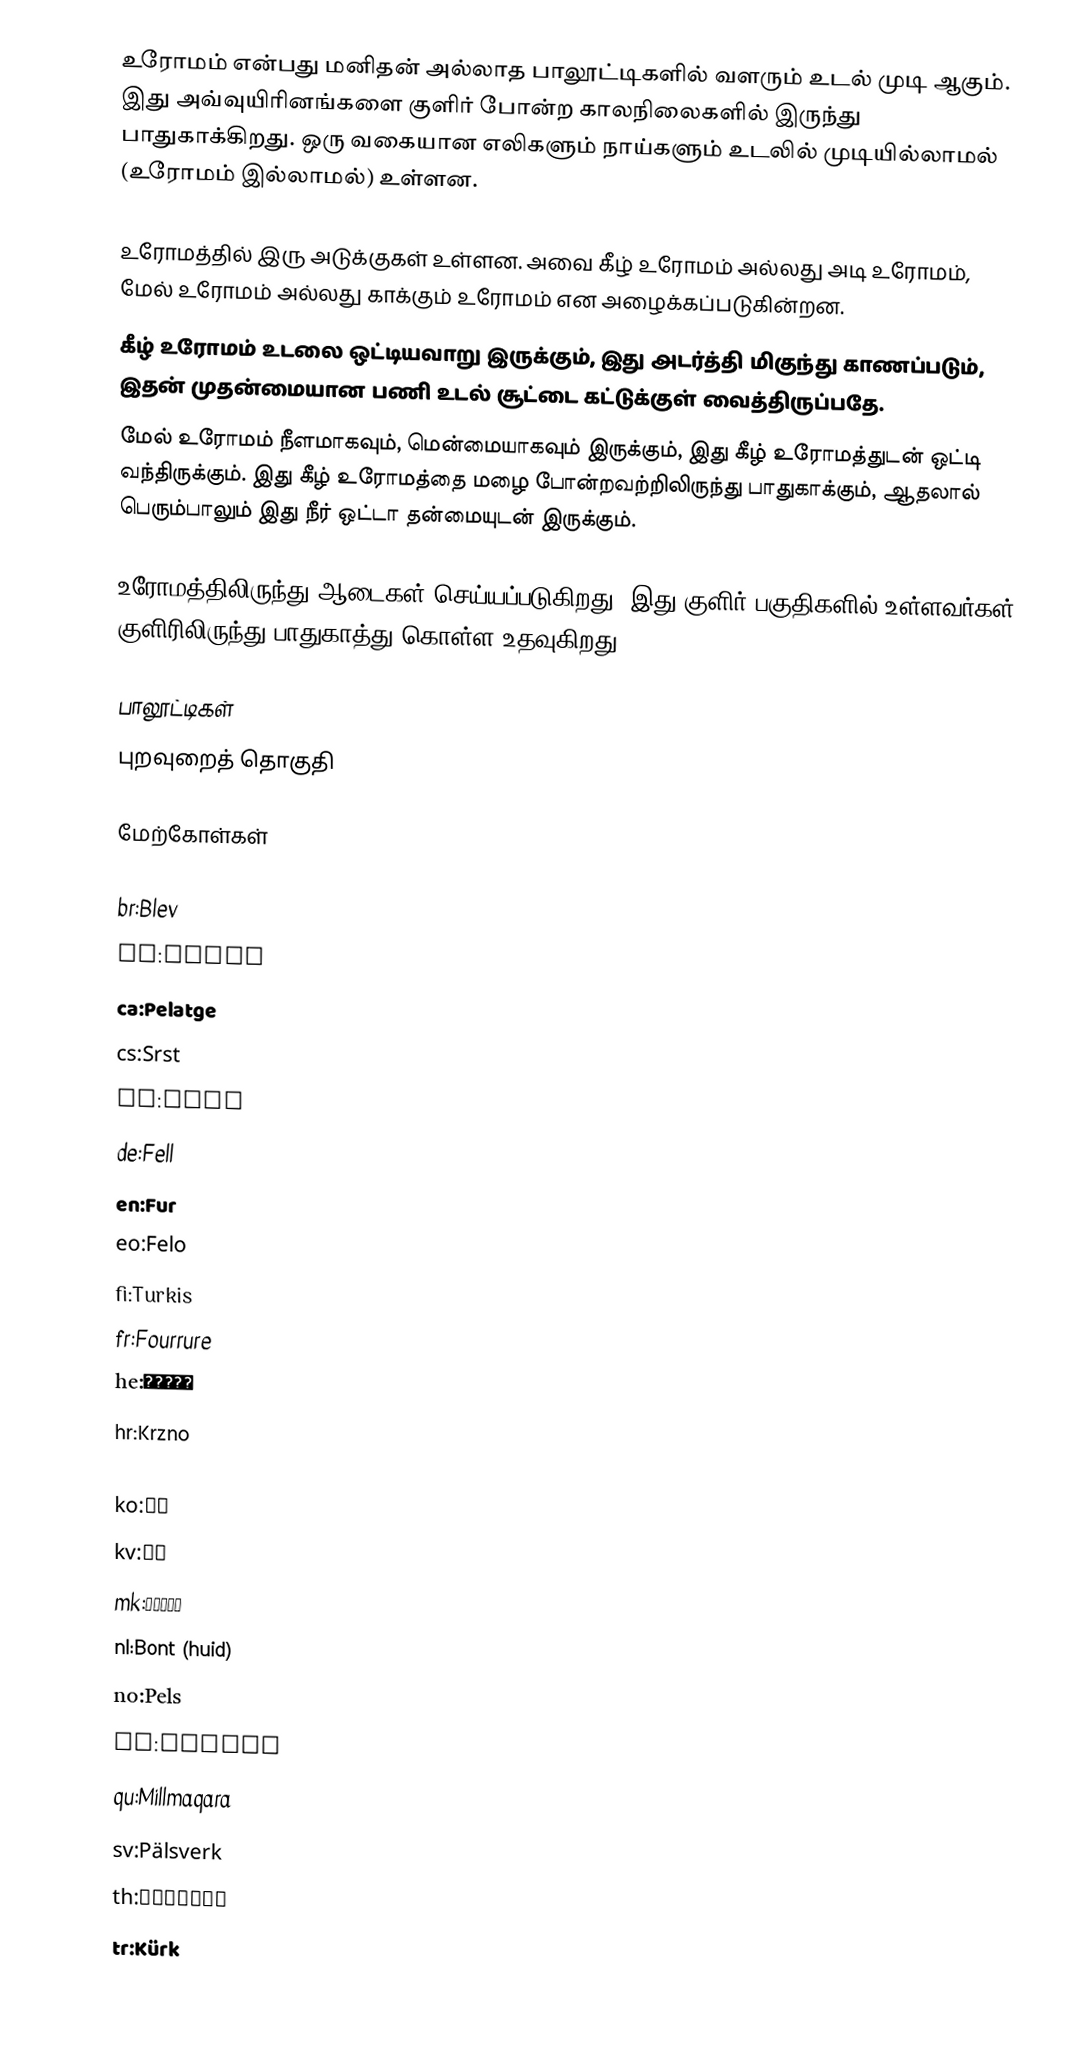
உரோமம் என்பது மனிதன் அல்லாத பாலூட்டிகளில் வளரும் உடல் முடி ஆகும். இது அவ்வுயிரினங்களை குளிர் போன்ற காலநிலைகளில் இருந்து பாதுகாக்கிறது. ஒரு வகையான எலிகளும் நாய்களும் உடலில் முடியில்லாமல் (உரோமம் இல்லாமல்) உள்ளன.

உரோமத்தில் இரு அடுக்குகள் உள்ளன. அவை கீழ் உரோமம் அல்லது அடி உரோமம், மேல் உரோமம் அல்லது காக்கும் உரோமம் என அழைக்கப்படுகின்றன.
கீழ் உரோமம் உடலை ஒட்டியவாறு இருக்கும், இது அடர்த்தி மிகுந்து காணப்படும், இதன் முதன்மையான பணி உடல் சூட்டை கட்டுக்குள் வைத்திருப்பதே.
மேல் உரோமம் நீளமாகவும், மென்மையாகவும் இருக்கும், இது கீழ் உரோமத்துடன் ஒட்டி வந்திருக்கும். இது கீழ் உரோமத்தை மழை போன்றவற்றிலிருந்து பாதுகாக்கும், ஆதலால் பெரும்பாலும் இது நீர் ஒட்டா தன்மையுடன் இருக்கும்.

உரோமத்திலிருந்து ஆடைகள் செய்யப்படுகிறது. இது குளிர் பகுதிகளில் உள்ளவர்கள் குளிரிலிருந்து பாதுகாத்து கொள்ள உதவுகிறது.

பாலூட்டிகள்
புறவுறைத் தொகுதி

மேற்கோள்கள்

br:Blev
bs:Krzno
ca:Pelatge
cs:Srst
da:Pels
de:Fell
en:Fur
eo:Felo
fi:Turkis
fr:Fourrure
he:פרווה
hr:Krzno
ja:毛皮
ko:모피
kv:Ку
mk:Крзно
nl:Bont (huid)
no:Pels
pl:Sierść
qu:Millmaqara
sv:Pälsverk
th:ขนสัตว์
tr:Kürk